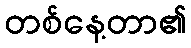
တစ်နေ့တာ၏